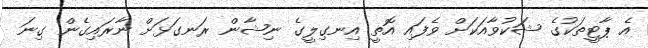
އެ ޕާޓީތަކުގެ ޝަކުވާއަކަށް ވެފައި އޮތީ އިނގިލީގެ ނިޝާން ރަނގަޅަށް ނާރައިގެން ގިނަ